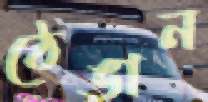
ঠেঙান